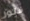
فلور